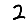
Digit: 2